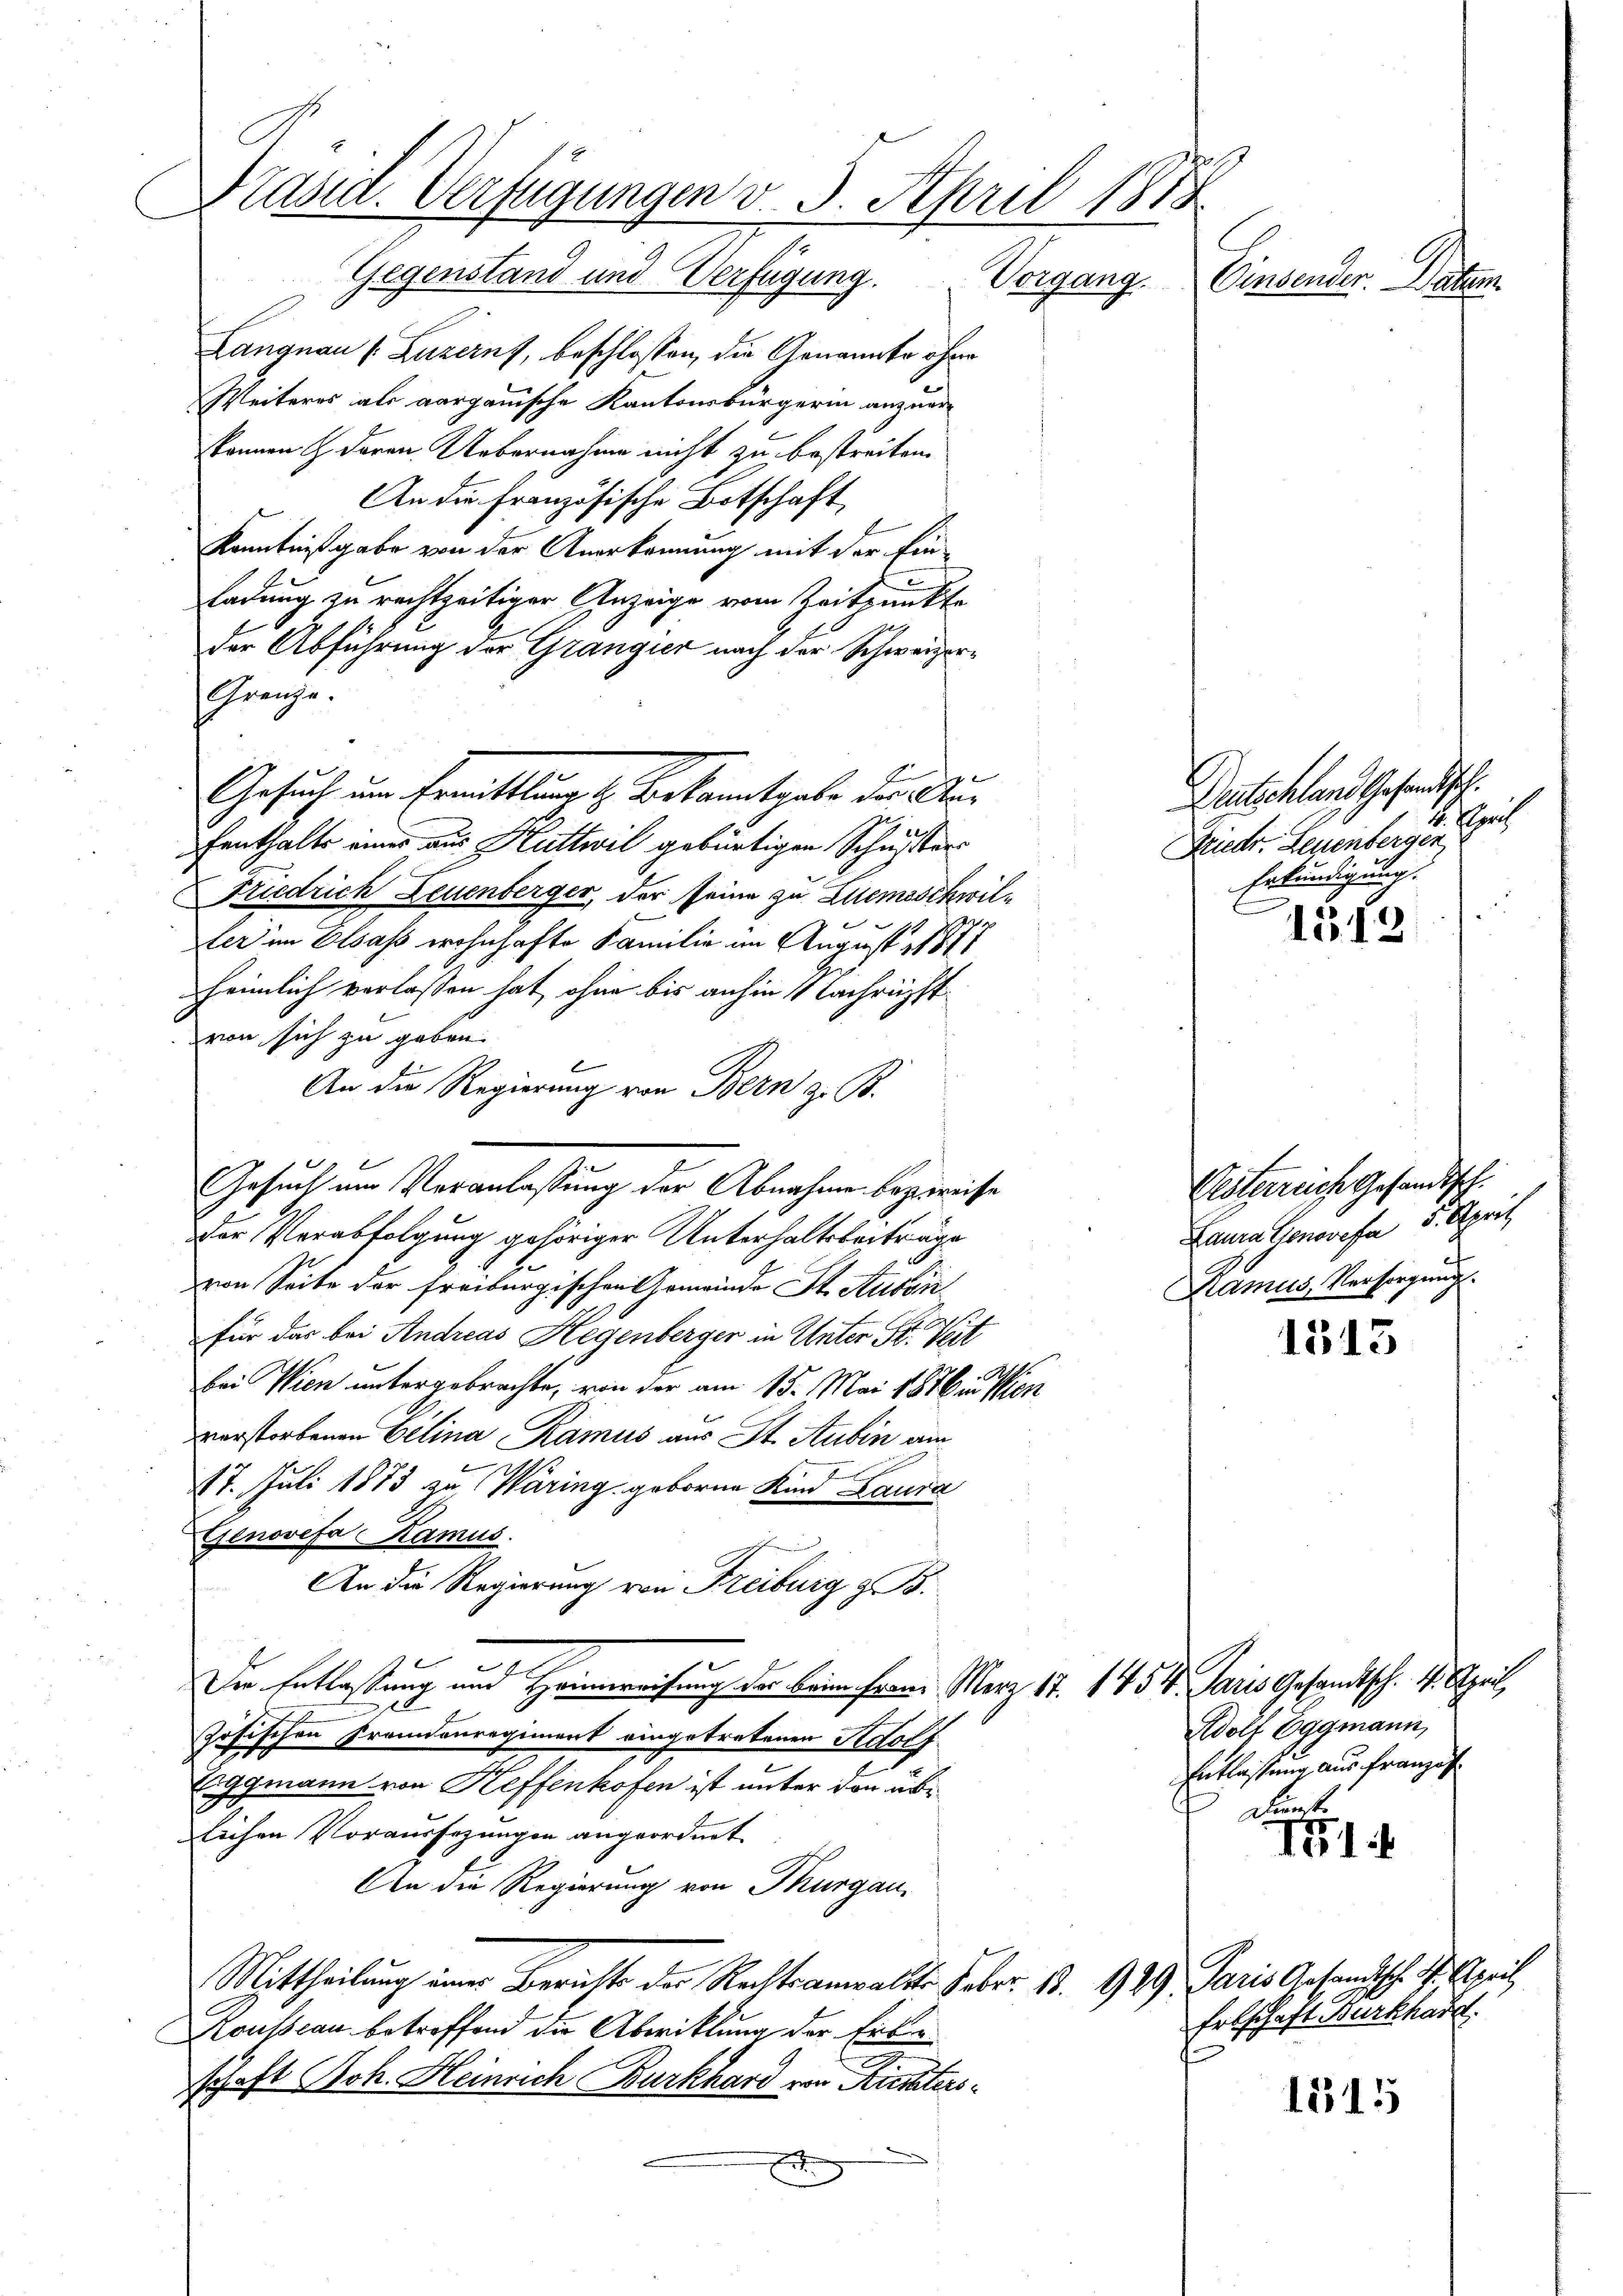
Präsid. Verfügungen v. 3. April 1875
Gegenstand und Verfügung. Vorgang.
Einsender. Datum

Langnau s. Luzern, beschlossen, die Genannte ohne
Weiteres als aargauische Kantonsbürgerin anzuerkönnen & deren Uebernahme nicht zu bestreiten.
An die Französische Botschaft,
Kenntnißgabe von der Anerkennung mit der Einladung zu rechtzeitiger Anzeige vom Zeitpunkte
der Abführung der Grangier nach der Schweizer¬
Gränze.
fenthalte einer aus Huttwil gebürtigen Schusters
Friedrich Leuenberger, der seine zu Zuemaschwilter im Elsass wohnhafte Familie im August 1871
heimlich verlassen hat, ohne bis anhin 1 lachricht
von sich zu geben.
e
An die Regierung von Bern z. B.
Gesuch um Veranlassung der Abnahme bezweise
Der Verabfolgung gehöriger Unterhaltsbeiträge
von Seite der Freiburgischen Gemeinde St. Aussi
Für das bei Andreas Hegenberger in Unter St. Vert
bei Wien untergebrachte, von der am 15. Mai 1876 in Men
verstorbenen Gelina Ramus aus St. Aubin am
17. Juli 1873 zu Waring geborne Kind Laura
Genovefa Stamus.
An die Regierung von Freiburg z. B.
Die Entlaßung und Heimweisung der beim franz Merz 17. 145 V. Paris Gesandtsch. 1. April
2
zösischen Fremdenregiment eingetretenen Adolf
Eiggmann von Keffenhofen ist unter den üblichen Voraussezungen angeordnet
An die Regierung von Thurgau,
Mittheilung einer Berichts der Rechtsanwalts. Feber 18. 929. Paris Gesandtsche P. April
Rousseau betreffend die Abwicklung der Erbinschaft Joh. Heinrich Burkhard von Richters¬
E

Gesuch um Ermittlung l. Bekanntgabe des Aus

1512

1315

IG1

Deutschland Gesandtsch.
Erric
Friedr. Leuenbergen
Erkündigung.

Pesterreiche Gesandtsch.
Laura Genovefa 5. April
Ramus, Versorgung.

Adolf Eggmann,
Entlassung aus Französ
Dunst.

Ertschaft Burkhard.

1515